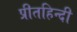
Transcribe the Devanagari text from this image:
प्रीतहिन्दी